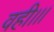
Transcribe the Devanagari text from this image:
वही।।।